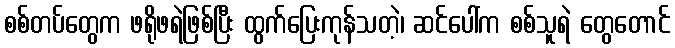
စစ်တပ်တွေက ဖရိုဖရဲဖြစ်ပြီး ထွက်ပြေးကုန်သတဲ့၊ ဆင်ပေါ်က စစ်သူရဲ တွေတောင်